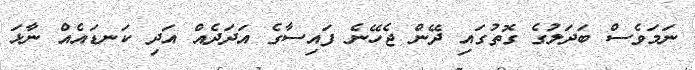
ނަމަވެސް ބަދަލުގެ ގޮތުގައި ދޭން ޖެހޭނެ ފައިސާގެ އަދަދެއް އަދި ކަނޑައެއް ނާޅަ